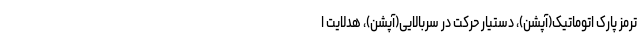
ترمز پارک اتوماتیک(آپشن)، دستیار حرکت در سربالایی(آپشن)، هدلایت ا